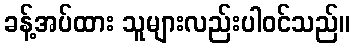
ခန့်အပ်ထား သူများလည်းပါဝင်သည်။